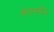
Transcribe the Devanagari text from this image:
सेलसमैन